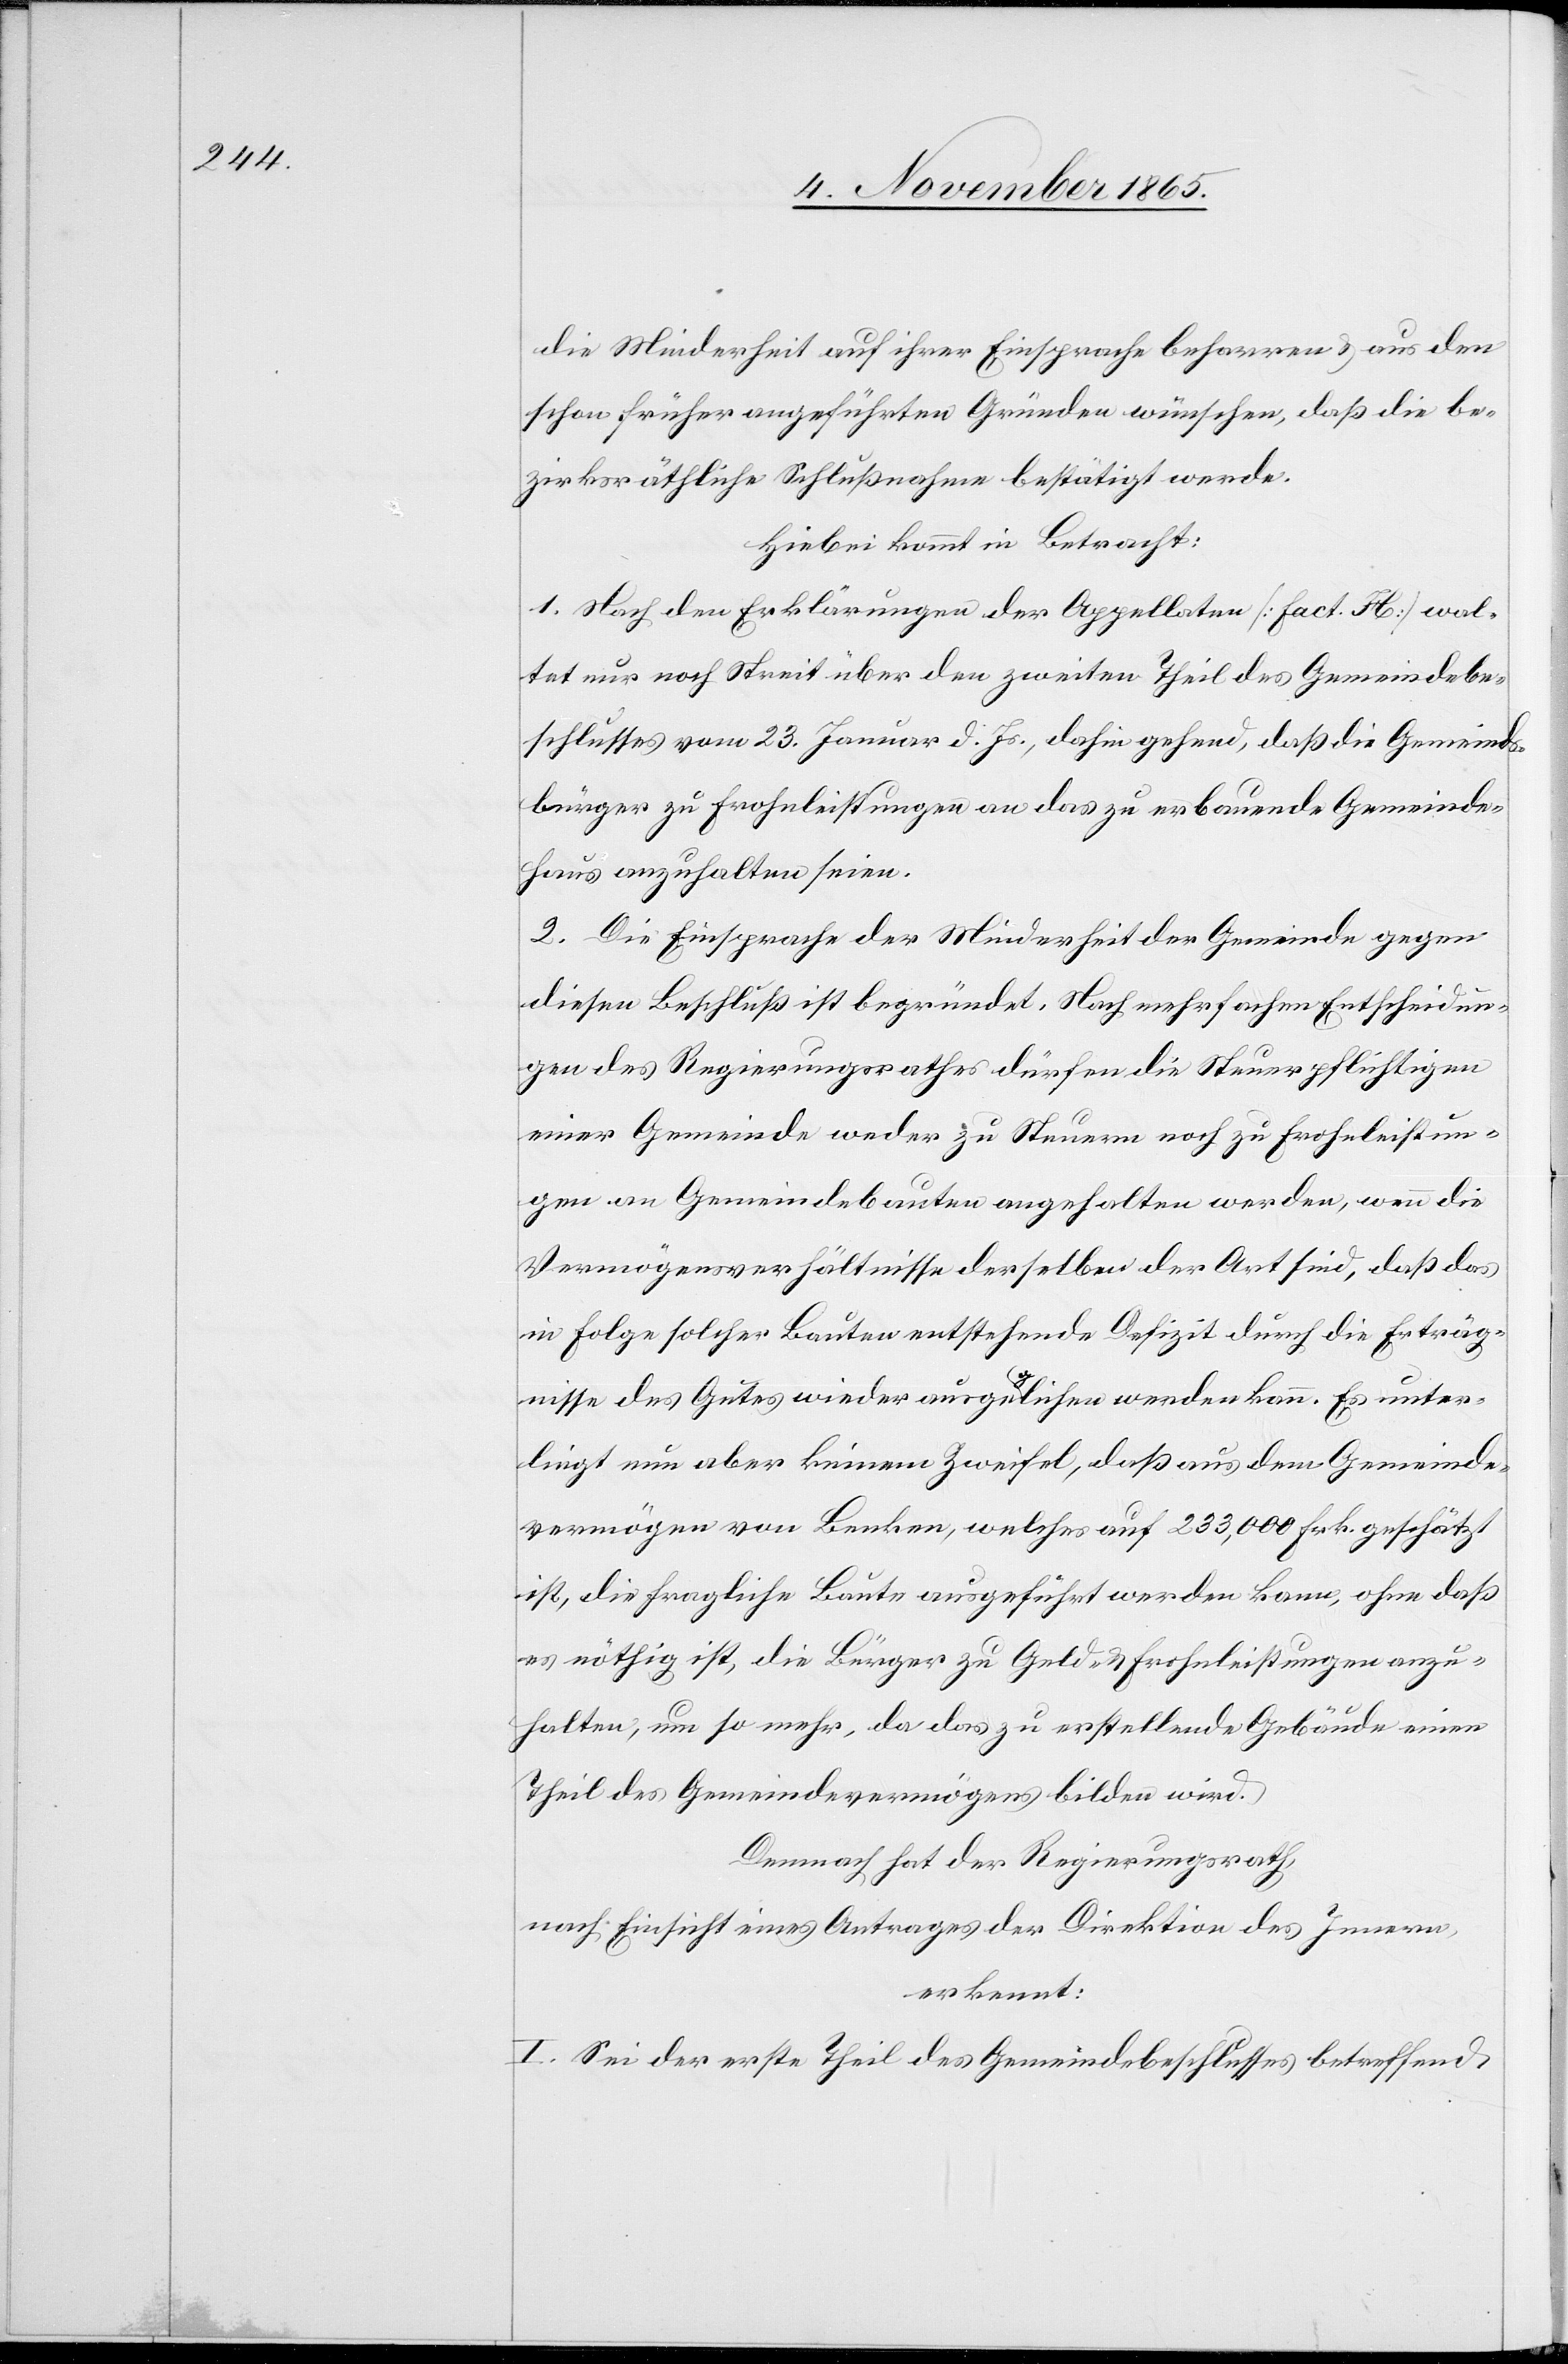
die Minderheit auf ihrer Einsprache beharren & aus den
schon früher aufgeführten Gründen wünschen, daß die be¬
zirksräthliche Schlußnahme bestätigt werde.
Hiebei kommt in Betracht:
1. Nach den Erklärungen der Appellaten [Fact. H] wal¬
tet nur noch Streit über den zweiten Theil des Gemeindebe¬
schlusses vom 23. Januar d. Js., dahin gehend, daß die Gemeinds¬
bürger zu Frohnleistungen an das zu erbauende Gemeinde¬
haus anzuhalten seien.
2. Die Einsprache der Minderheit der Gemeinde gegen
diesen Beschluß ist begründet. Nach mehrfachen Entscheidun¬
gen des Regierungsrathes dürfen die Steuerpflichtigen
einer Gemeinde weder zu Steuern noch zu Frohnleistun¬
gen an Gemeindebauten angehalten werden, wenn die
Vermögensverhältnisse derselben der Art sind, daß das
in Folge solcher Bauten entstehende Defizit durch die Erträg¬
nisse des Gutes wieder ausgeglichen werden kann. Es unter¬
liegt nun aber keinem Zweifel, daß aus dem Gemeinde¬
vermögen von Benken, welches auf 233,000 Frk. geschätzt
ist, die fragliche Baute ausgeführt werden kann, ohne daß
es nöthig ist, die Bürger zu Geld- & Frohnleistungen anzu¬
halten, um so mehr, da das zu erstellende Gebäude einen
Theil des Gemeindevermögens bilden wird.
Demnach hat der Regierungsrath,
nach Einsicht eines Antrages der Direktion des Innern,
erkennt:
I. Sei der erste Theil des Gemeindebeschlusses betreffend